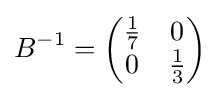
B^{-1}={\begin{pmatrix}{\frac {1}{7}}&0\\0&{\frac {1}{3}}\\\end{pmatrix}}